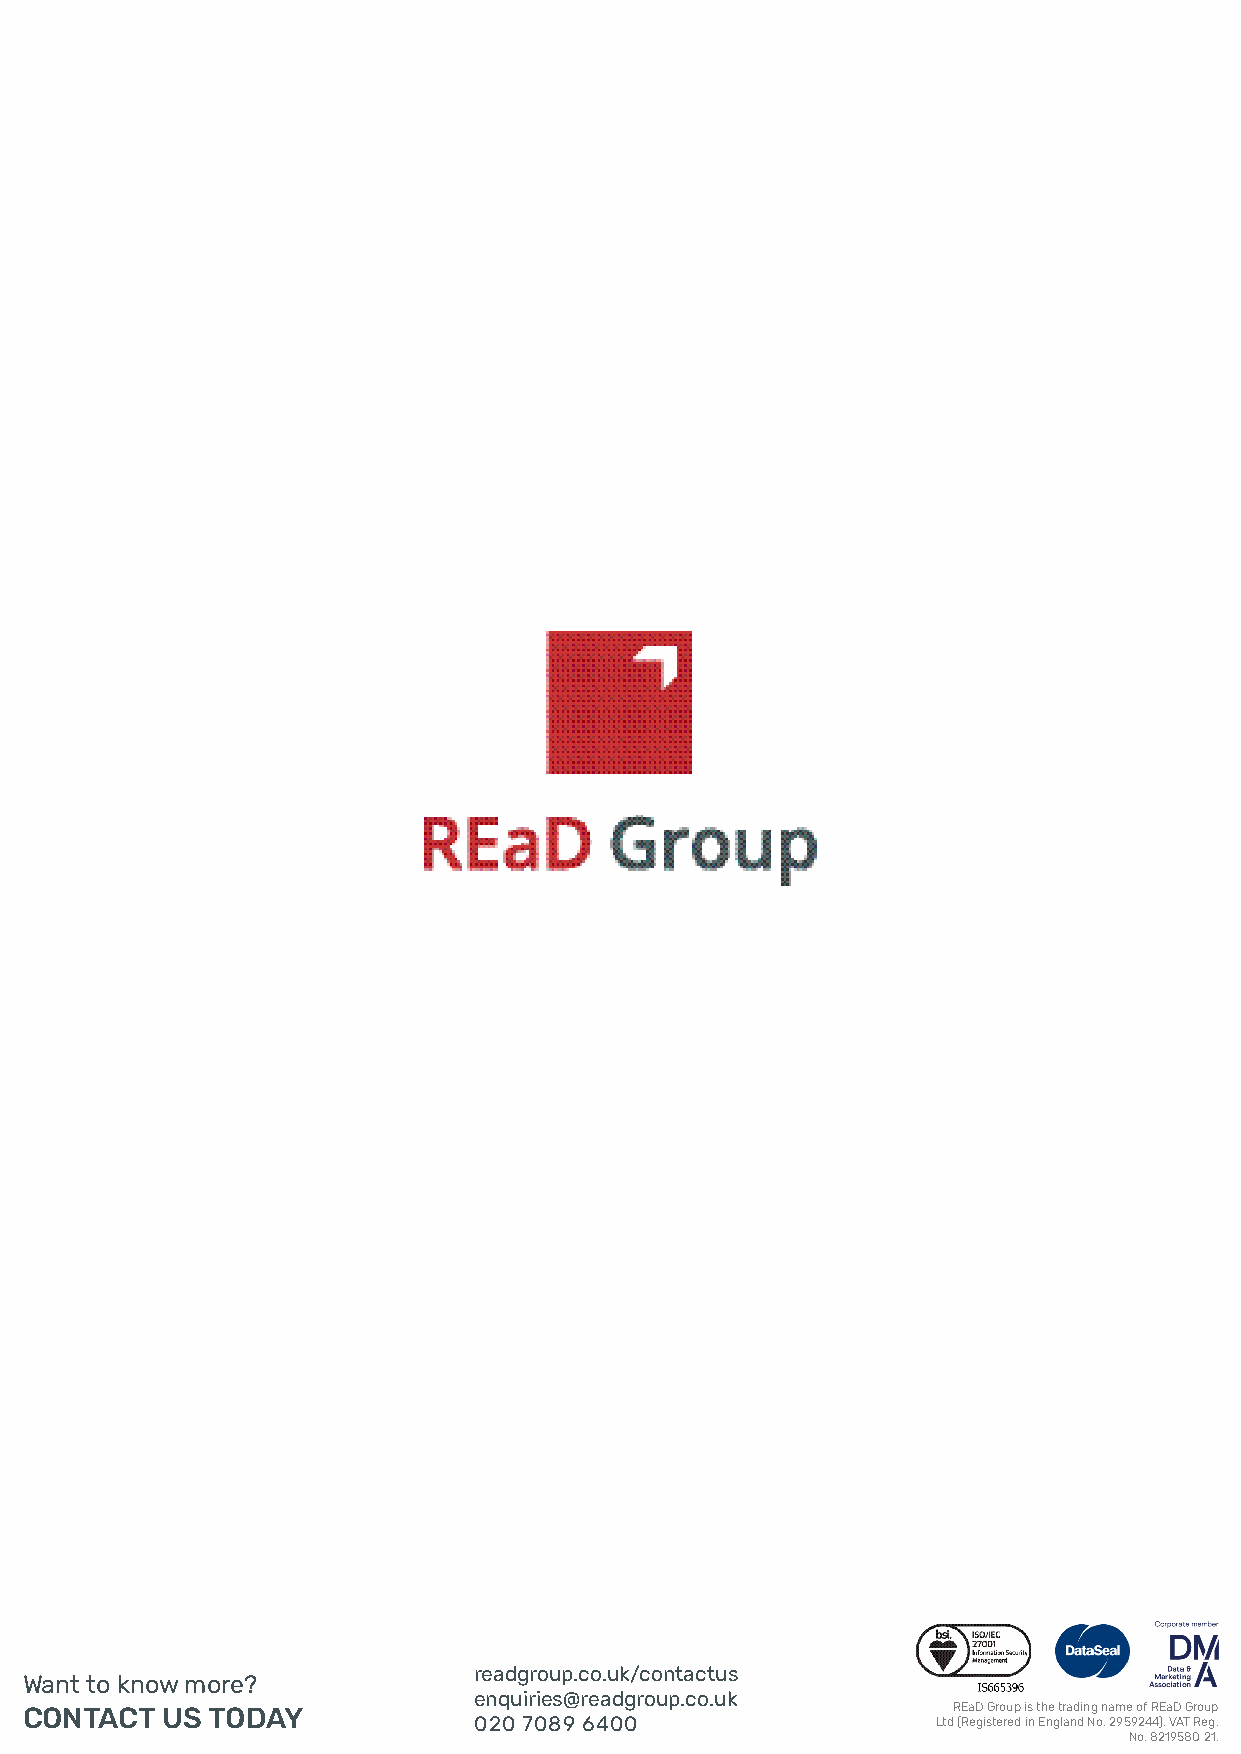
readgroup.co.uk/contactus
 Want to know more?
 enquiries@readgroup.co.uk
 CONTACT   US TODAY                                            REaD Group is the trading name of REaD Group
 020 7089 6400                  Ltd (Registered in England No. 2959244). VAT Reg.
 No. 8219580 21.